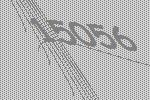
15056